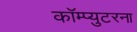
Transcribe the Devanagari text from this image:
कॉम्प्युटरना